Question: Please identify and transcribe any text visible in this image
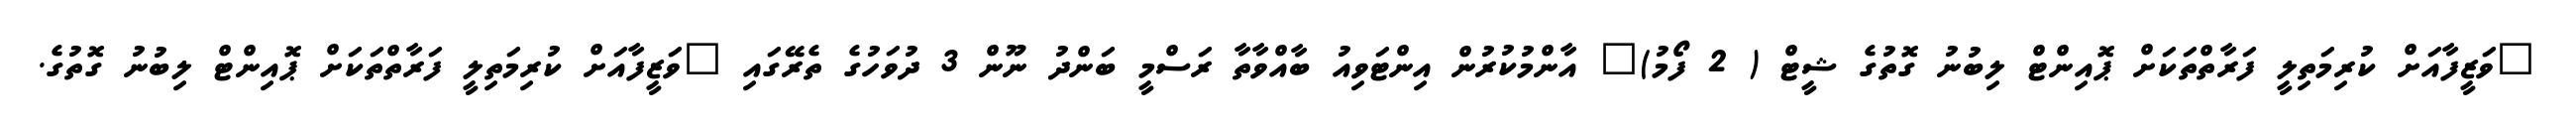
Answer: "ވަޒީފާއަށް ކުރިމަތިލީ ފަރާތްތަކަށް ޕޮއިންޓް ލިބުނު ގޮތުގެ ޝީޓް ( 2 ފޯމު)" އާންމުކުރުން އިންޓަވިއު ބާއްވާތާ ރަސްމީ ބަންދު ނޫން 3 ދުވަހުގެ ތެރޭގައި "ވަޒީފާއަށް ކުރިމަތިލީ ފަރާތްތަކަށް ޕޮއިންޓް ލިބުނު ގޮތުގެ.